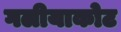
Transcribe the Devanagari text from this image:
गलीयाकोट